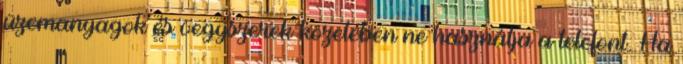
üzemanyagok és vegyszerek közelében ne használja a telefont. Ha